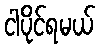
ငါပိုင်ရမယ်